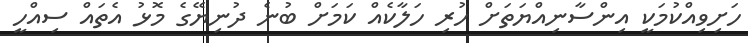
ހަށިވިއްކުމަކީ އިންސާނިއްޔަތަށް ހުރި ހަލާކެއް ކަމަށް ބުނެ ދުނިޔޭގެ މޮޅު އެތައް ސިއްހީ